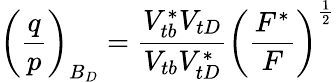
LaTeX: \biggl({\frac{q}{p}}\biggr)_{B_{D}}={\frac{V_{tb}^{*}V_{tD}}{V_{tb}V_{tD}^{*}}}\biggl({\frac{F^{*}}{F}}\biggr)^{\frac{1}{2}}